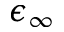
\epsilon _ { \infty }